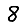
Digit: 8